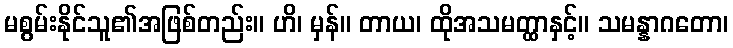
မစွမ်းနိုင်သူ၏အဖြစ်တည်း။ ဟိ၊ မှန်။ တာယ၊ ထိုအသမတ္ထာနှင့်။ သမန္နာဂတော၊